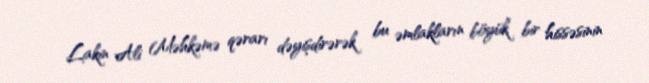
Lakin Ali Məhkəmə qərarı dəyişdirərək bu əmlakların böyük bir hissəsinin